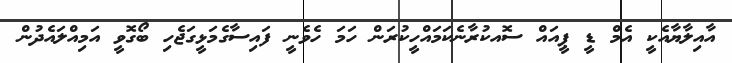
އާއިލާޔާއެކީ އެމް ޑީ ޕީއައް ސޮއކުރާނެކަމައްހީކުރަން ހަމަ ހެވެނީ ފައިސާގެމަޅީގަޖެހި ބޯގޮވީ އަމިއްލައެދުން